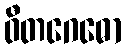
ဝီတဂေဓော